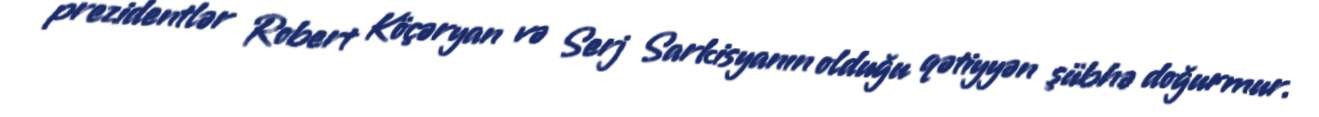
prezidentlər Robert Köçəryan və Serj Sarkisyanın olduğu qətiyyən şübhə doğurmur.